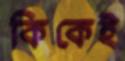
কিকেই